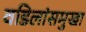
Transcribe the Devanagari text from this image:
वडिलांसमुखा